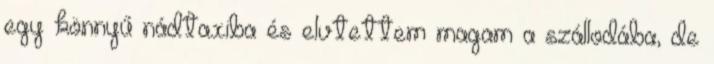
egy könnyű nádtaxiba és elvtettem magam a szállodába, de